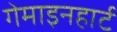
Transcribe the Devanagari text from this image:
गेमाइनहार्ट